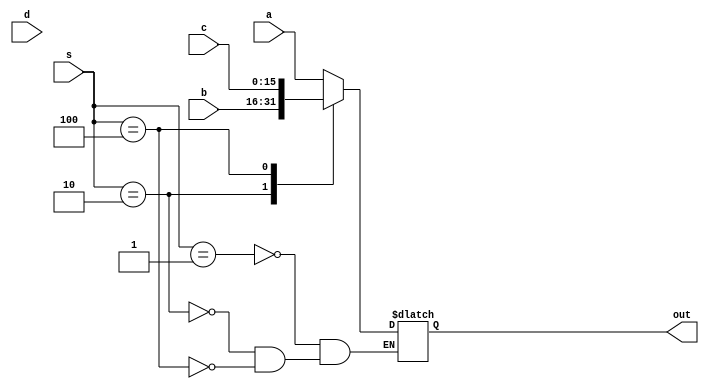
//4-1 Mux

module fourToOneMux(a,b,c,d,s,out);

//I/O declartions
input [15:0] a,b,c,d;
input [2:0] s;
output reg [15:0] out;


always @ (*)
begin
	case(s)
	4'b0001: out = a;
	4'b0010: out = b;
	4'b0100: out = c;
	4'b1000: out = d;
	endcase
end
endmodule